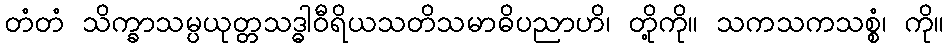
တံတံ သိက္ခာသမ္ပယုတ္တသဒ္ဓါဝီရိယသတိသမာဓိပညာဟိ၊ တို့ကို။ သကသကသစ္စံ၊ ကို။